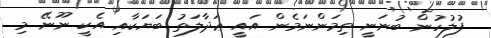
ފުލުހުން ބުނަނީ ތިމަންނަމެން އައީ ޢަދާލަތު ބަޔަކާއި އެކީ ނޫނޭ މި